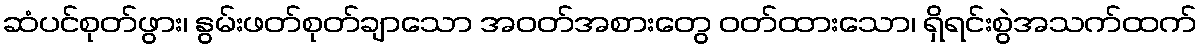
ဆံပင်စုတ်ဖွား၊ နွမ်းဖတ်စုတ်ချာသော အဝတ်အစားတွေ ဝတ်ထားသော၊ ရှိရင်းစွဲအသက်ထက်